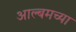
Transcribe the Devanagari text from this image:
आल्बमच्या